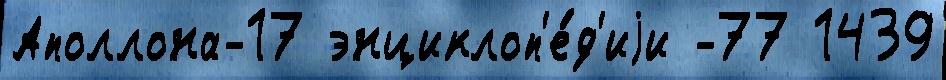
Аполлона-17 энциклоп'е́д'иjи -77 1439